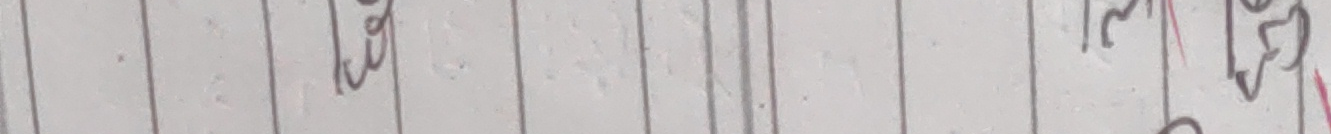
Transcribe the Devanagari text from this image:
सु